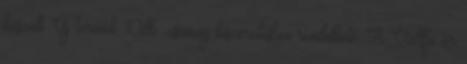
készült Új termék 10db csomag kiszerelésben rendelhető. A Vállfa ár